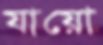
যায়ো